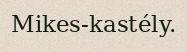
Mikes-kastély.